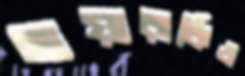
হায়ারার্কিও